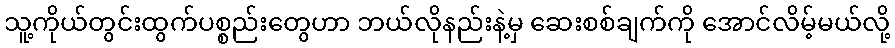
သူ့ကိုယ်တွင်းထွက်ပစ္စည်းတွေဟာ ဘယ်လိုနည်းနဲ့မှ ဆေးစစ်ချက်ကို အောင်လိမ့်မယ်လို့